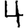
Digit: 4